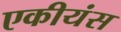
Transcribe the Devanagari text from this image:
एकीयंस